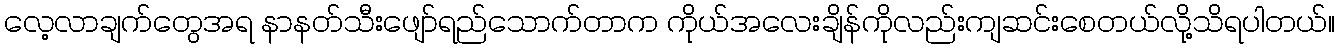
လေ့လာချက်တွေအရ နာနတ်သီးဖျော်ရည်သောက်တာက ကိုယ်အလေးချိန်ကိုလည်းကျဆင်းစေတယ်လို့သိရပါတယ်။